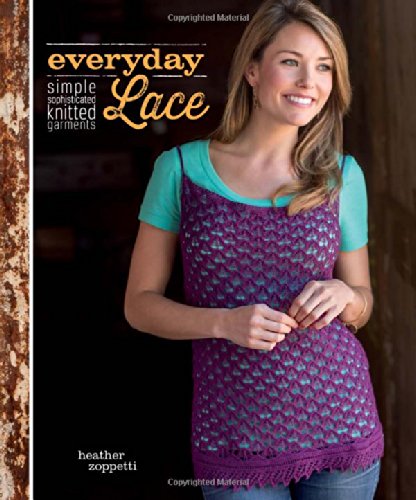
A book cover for Everyday Lace: Simple, Sophisticated Knitted Garments; Heather Zoppetti; Crafts, Hobbies & Home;